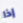
إذا